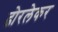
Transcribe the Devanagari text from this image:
ढोरलेकर